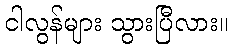
ငါလွန်များ သွားပြီလား။